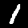
Label: 1